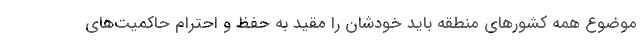
موضوع همه کشورهای منطقه باید خودشان را مقید به حفظ و احترام حاکمیت‌های